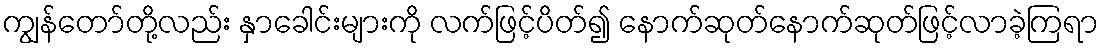
ကျွန်တော်တို့လည်း နှာခေါင်းများကို လက်ဖြင့်ပိတ်၍ နောက်ဆုတ်နောက်ဆုတ်ဖြင့်လာခဲ့ကြရာ